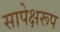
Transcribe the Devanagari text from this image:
सापेक्षरूप